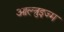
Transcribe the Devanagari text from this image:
आल्त्रुइज्म